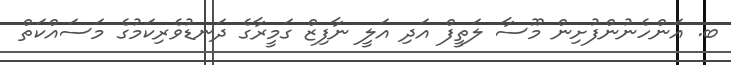
ބ. އަންހެނުންފުށިން މޫސާ ލަތީފް އަދި އަލީ ނާފިޒް ގަމީރާގެ ދަނޑުވެރިކަމުގެ މަސައްކަތް